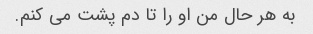
به هر حال من او را تا دم پشت می کنم.